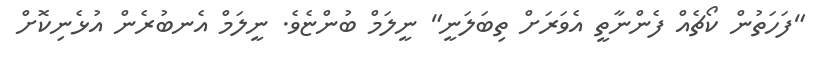
"ފަހަތުން ކޯޗެއް ފެންނާތީ އެވަރަށް ތިބަލަނީ" ނީލަމް ބުންޏެވެ. ނީލަމް އެނބުރެން އުޅެނިކޮށް